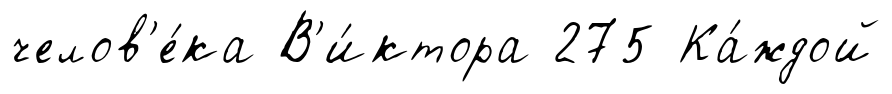
челов'е́ка В'и́ктора 275 Ка́ждой